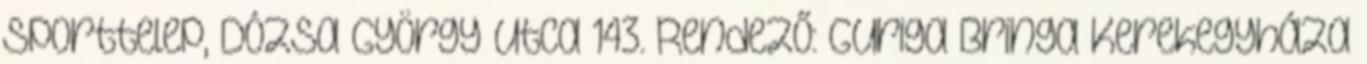
Sporttelep, Dózsa György utca 143. Rendező: Guriga Bringa Kerekegyháza